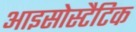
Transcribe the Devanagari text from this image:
आइसोस्टैटिक